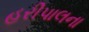
હરીપાલના